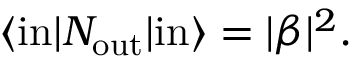
\langle \mathrm { i n } | N _ { \mathrm { o u t } } | \mathrm { i n } \rangle = | \beta | ^ { 2 } .